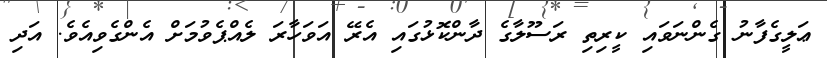
ޢަލީގެފާނު ގެންނަވައި ކީރިތި ރަސޫލާގެ ދާންކޮޅުގައި އެރޭ އަވަހާރަ ލެއްޕެވުމަށް އެންގެވިއެވެ. އަދި